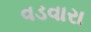
વડવારા